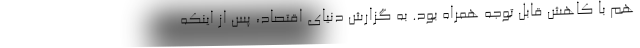
هم با کاهش قابل توجه همراه بود. به گزارش دنیای اقتصاد، پس از اینکه